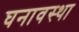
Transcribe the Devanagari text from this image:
घनावस्था